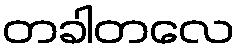
တခါတလေ